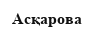
Асқарова